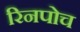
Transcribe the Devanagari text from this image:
रिनपोच